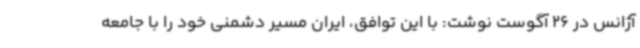
آژانس در 26 آگوست نوشت: با این توافق، ایران مسیر دشمنی خود را با جامعه